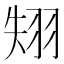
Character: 𦐝